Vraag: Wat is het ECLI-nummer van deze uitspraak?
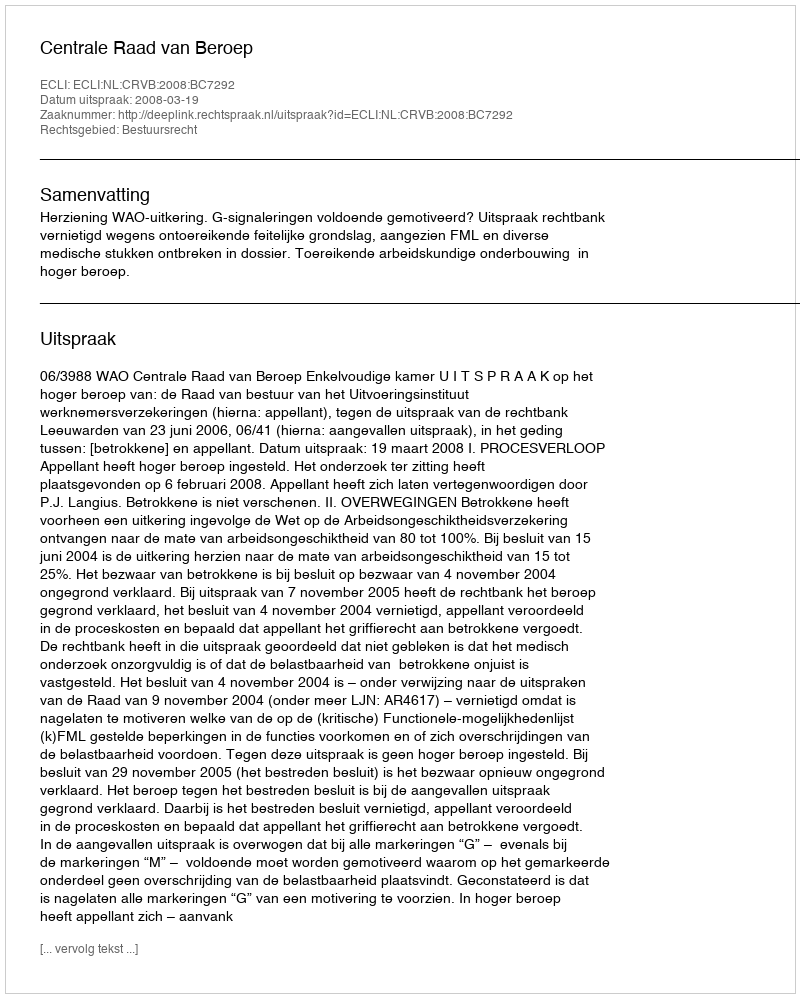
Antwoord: ECLI:NL:CRVB:2008:BC7292